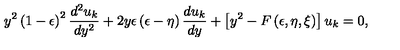
y ^ { 2 } \left( 1 - \epsilon \right) ^ { 2 } { \frac { d ^ { 2 } u _ { k } } { d y ^ { 2 } } } + 2 y \epsilon \left( \epsilon - \eta \right) { \frac { d u _ { k } } { d y } } + \left[ y ^ { 2 } - F \left( \epsilon , \eta , \xi \right) \right] u _ { k } = 0 ,